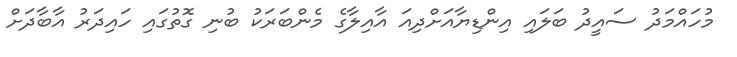
މުހައްމަދު ސައީދު ބަލައި އިންޑިޔާއަށްދިއަ އާއިލާގެ މެންބަރަކު ބުނި ގޮތުގައި ހައިދަރު އާބާދަށް